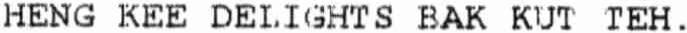
HENG KEE DELIGHTS BAK KUT TEH.